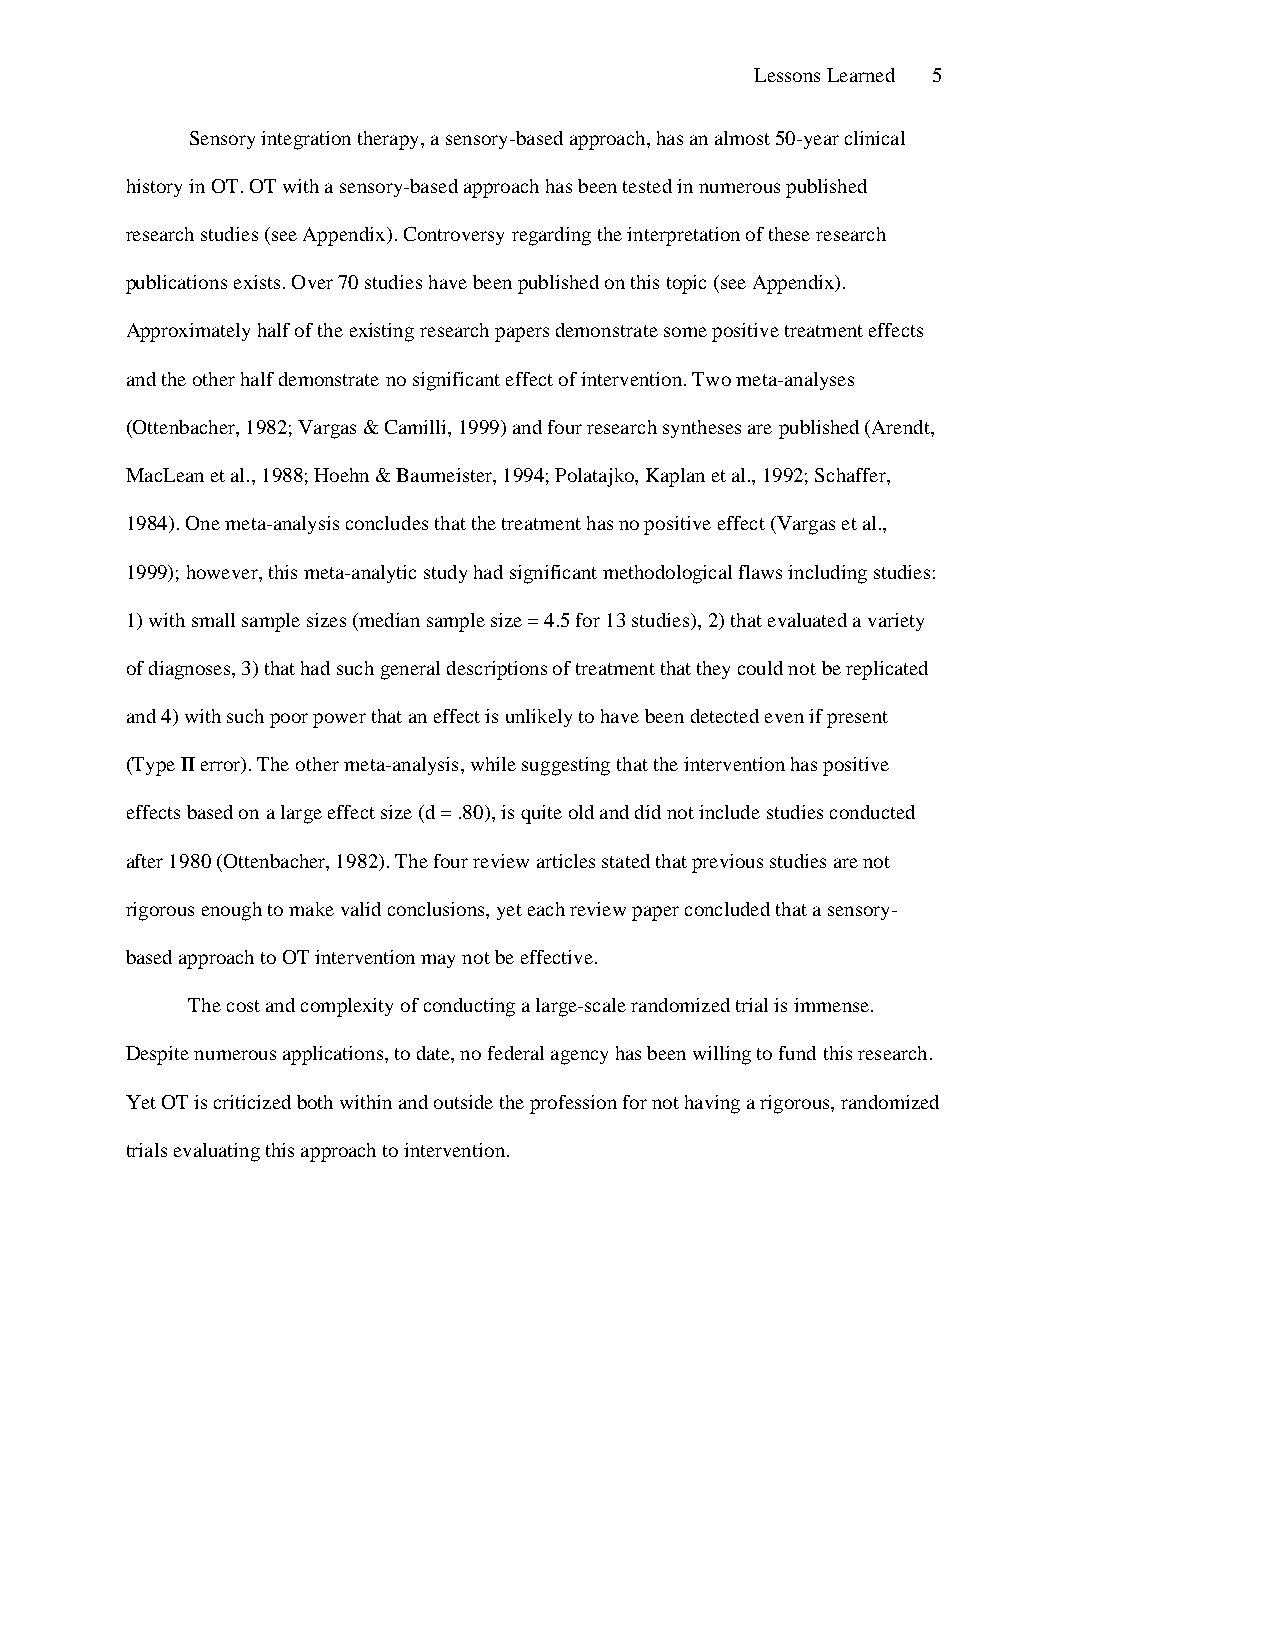
Lessons Learned 5
 Sensory integration therapy, a sensory-based approach, has an almost 50-year clinical
 history in OT. OT with a sensory-based approach has been tested in numerous published
 research studies (see Appendix). Controversy regarding the interpretation of these research
 publications exists. Over 70 studies have been published on this topic (see Appendix).
 Approximately half of the existing research papers demonstrate some positive treatment effects
 and the other half demonstrate no significant effect of intervention. Two meta-analyses
 (Ottenbacher, 1982; Vargas & Camilli, 1999) and four research syntheses are published (Arendt,
 MacLean et al., 1988; Hoehn & Baumeister, 1994; Polatajko, Kaplan et al., 1992; Schaffer,
 1984). One meta-analysis concludes that the treatment has no positive effect (Vargas et al.,
 1999); however, this meta-analytic study had significant methodological flaws including studies:
 1) with small sample sizes (median sample size = 4.5 for 13 studies), 2) that evaluated a variety
 of diagnoses, 3) that had such general descriptions of treatment that they could not be replicated
 and 4) with such poor power that an effect is unlikely to have been detected even if present
 (Type II error). The other meta-analysis, while suggesting that the intervention has positive
 effects based on a large effect size (d = .80), is quite old and did not include studies conducted
 after 1980 (Ottenbacher, 1982). The four review articles stated that previous studies are not
 rigorous enough to make valid conclusions, yet each review paper concluded that a sensory-
 based approach to OT intervention may not be effective.
 The cost and complexity of conducting a large-scale randomized trial is immense.
 Despite numerous applications, to date, no federal agency has been willing to fund this research.
 Yet OT is criticized both within and outside the profession for not having a rigorous, randomized
 trials evaluating this approach to intervention.